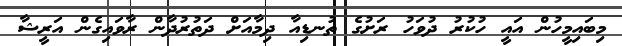
މިބައިމީހުން އައީ ހުކުރު ދުވަހު ރަށުގެ ތުނޑިއާ ދިމާއަށް ދަތުރުދާން ރާވައިގެން އަރީޝާ